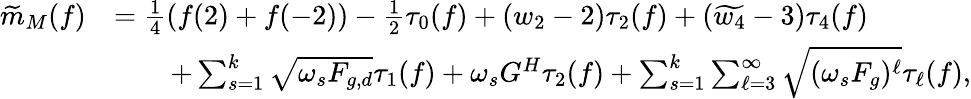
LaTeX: \begin{array}{rl}{\widetilde m_{M}(f)}&{=\frac{1}{4}\left(f(2)+f(-2)\right)-\frac{1}{2}\tau_{0}(f)+(w_{2}-2)\tau_{2}(f)+(\widetilde{w_{4}}-3)\tau_{4}(f)}\\ &{\qquad+\sum_{s=1}^{k}\sqrt{\omega_{s}F_{g,d}}\tau_{1}(f)+\omega_{s}G^{H}\tau_{2}(f)+\sum_{s=1}^{k}\sum_{\ell=3}^{\infty}\sqrt{(\omega_{s}F_{g})^{\ell}}\tau_{\ell}(f),}\end{array}